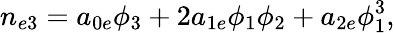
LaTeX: n_{e3}=a_{0e}\phi_{3}+2a_{1e}\phi_{1}\phi_{2}+a_{2e}\phi_{1}^{3},